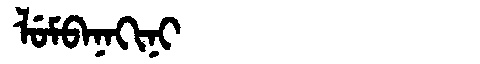
Manchu: ᠯᡠᠮᠪᠠᠨᠠᡴᡳᠨᡳ
Romanization: LUMBANAKINI